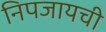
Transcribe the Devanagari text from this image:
निपजायची